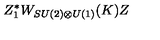
Z _ { 1 } ^ { * } W _ { S U ( 2 ) \otimes U ( 1 ) } ( K ) Z